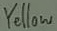
Text: Yellow